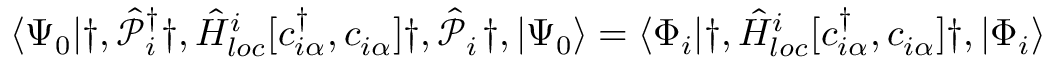
\langle \Psi _ { 0 } | \dag , \hat { \mathcal { P } } _ { i } ^ { { \dagger } } \dag , \hat { H } _ { l o c } ^ { i } [ c _ { i \alpha } ^ { \dagger } , c _ { i \alpha } ^ { \phantom { \dagger } } ] \dag , \hat { \mathcal { P } } _ { i } ^ { \phantom { \dagger } } \dag , | \Psi _ { 0 } \rangle = \langle \Phi _ { i } | \dag , \hat { H } _ { l o c } ^ { i } [ c _ { i \alpha } ^ { \dagger } , c _ { i \alpha } ^ { \phantom { \dagger } } ] \dag , | \Phi _ { i } \rangle